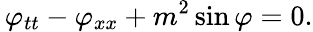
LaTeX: \, \varphi_{tt}-\varphi_{xx}+m^{2}\sin\varphi=0.